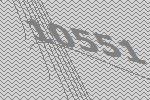
10551